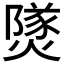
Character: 𤎩